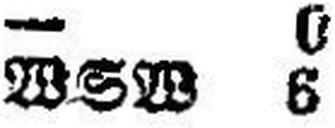
WSW 6